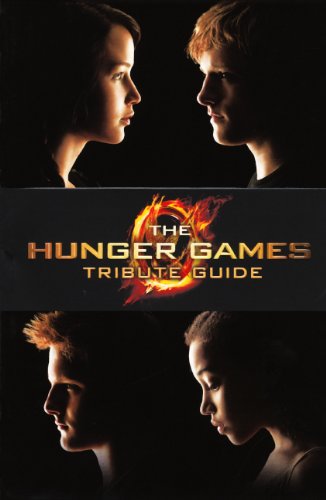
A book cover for The Hunger Games Tribute Guide (Turtleback School & Library Binding Edition); Emily Seife; Teen & Young Adult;